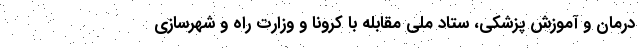
درمان و آموزش پزشکی، ستاد ملی مقابله با کرونا و وزارت راه و شهرسازی